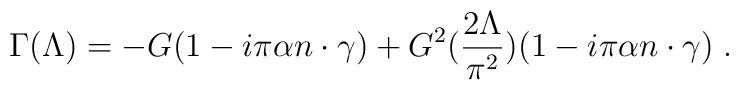
\Gamma(\Lambda) = -G(1-i\pi\alpha n\cdot\gamma)+G^2(\frac{2\Lambda}{\pi^2})(1-i\pi\alpha n\cdot\gamma)\;.